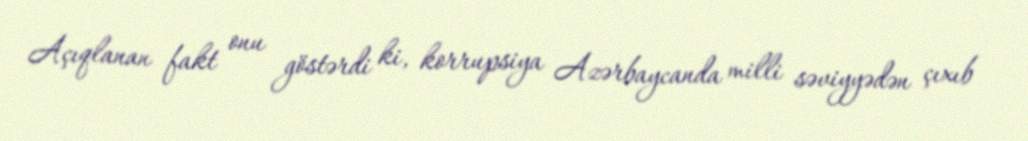
Açıqlanan fakt onu göstərdi ki, korrupsiya Azərbaycanda milli səviyyədən çıxıb